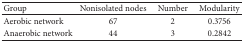
| Group | Nonisolated nodes | Number | Modularity |
 | --- | --- | --- | --- |
 | Aerobic network | 67 | 2 | 0.3756 |
 | Anaerobic network | 44 | 3 | 0.2842 |